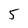
Character: 5